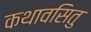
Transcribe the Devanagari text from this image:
कथावसितु